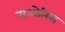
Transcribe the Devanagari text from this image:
सओरिस